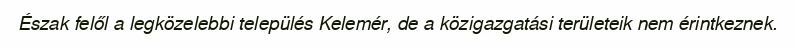
Észak felől a legközelebbi település Kelemér, de a közigazgatási területeik nem érintkeznek.